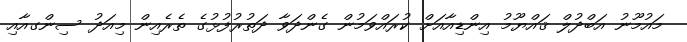
މައުމޫނު އަބްދުލް ޤައްޔޫމު އިންޑިއާއަށް ކުރައްވަމުން ގެންދަވާ ދަތުރުފުޅުގެ ތެރެއިން މިއަދު ސިންގއާއި